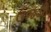
ઉજડી